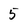
Character: 5